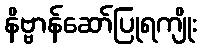
နိဗ္ဗာန်ဆော်ပြုရကျိုး